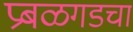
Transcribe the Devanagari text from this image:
प्रबळगडचा